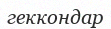
геккондар